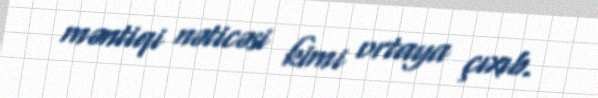
məntiqi nəticəsi kimi ortaya çıxıb.